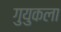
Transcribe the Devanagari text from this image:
गुयुकला